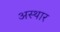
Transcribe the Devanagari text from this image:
अस्थार